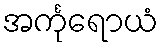
အင်္ကုရောယံ